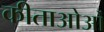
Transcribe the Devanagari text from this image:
कीताओओं